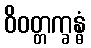
ဝိဝတ္တက္ခန္ဓံ